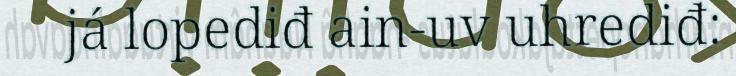
já lopediđ ain-uv uhrediđ: